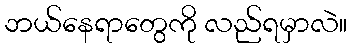
ဘယ်နေရာတွေကို လည်ရမှာလဲ။